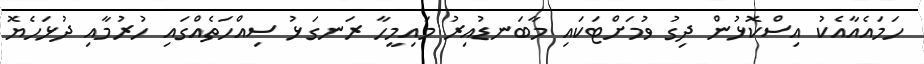
ހަމައެއާއެކު އިސްކޮޅުން ދިގު ވުމަށްޓަކައި މާބަނޑުއިރު މައިމީހާ ރަނގަޅު ސިއްހަތެއްގައި ހުރުމާއި ދުޅަހެޔޮ